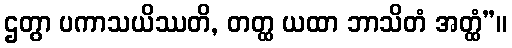
ဌတွာ ပကာသယိဿတိ, တတ္ထ ယထာ ဘာသိတံ အတ္ထံ”။